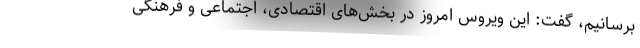
برسانیم، گفت: این ویروس امروز در بخش‌های اقتصادی، اجتماعی و فرهنگی